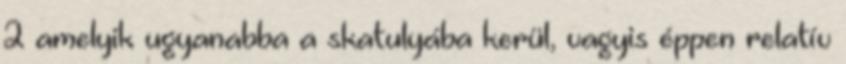
2 amelyik ugyanabba a skatulyába kerül, vagyis éppen relatív